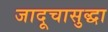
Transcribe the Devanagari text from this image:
जादूचासुद्धा